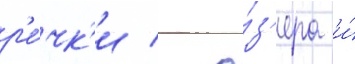
р'е́чк'и / о́з'ера и́